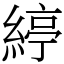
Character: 𦂃